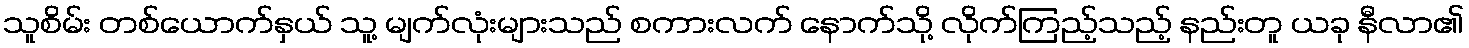
သူစိမ်း တစ်ယောက်နှယ် သူ့ မျက်လုံးများသည် စကားလက် နောက်သို့ လိုက်ကြည့်သည့် နည်းတူ ယခု နီလာ၏